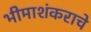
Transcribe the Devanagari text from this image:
भीमाशंकराचे